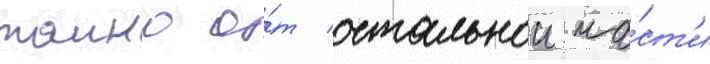
таино о́т остальнои ча́ст'и